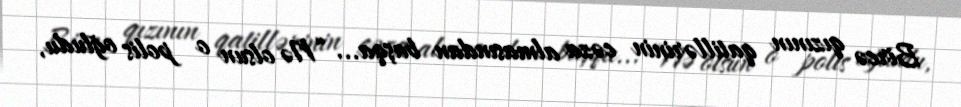
Bircə qızının qatillərinin cəza almasından başqa... “Nə olsun o polis oğludu,